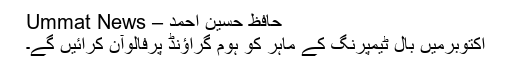
حافظ حسین احمد – Ummat News
اکتوبرمیں بال ٹیمپرنگ کے ماہر کو ہوم گراؤنڈ پرفالوآن کرائیں گے۔